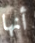
أنها